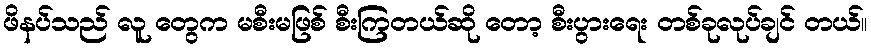
ဖိနပ်သည် လူ တွေက မစီးမဖြစ် စီးကြတယ်ဆို တော့ စီးပွားရေး တစ်ခုလုပ်ချင် တယ်။